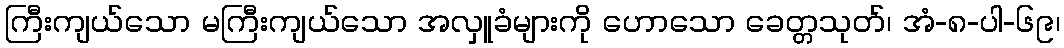
ကြီးကျယ်သော မကြီးကျယ်သော အလှူခံများကို ဟောသော ခေတ္တသုတ်၊ အံ-၈-ပါ-၆၉၊